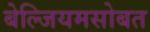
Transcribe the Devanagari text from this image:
बेल्जियमसोबत